Annual report of the Bengal Veterinary College and of the Civil Veterinary Department, Bengal, for the year 1911-1912 - 1911-1912
Year: 1911
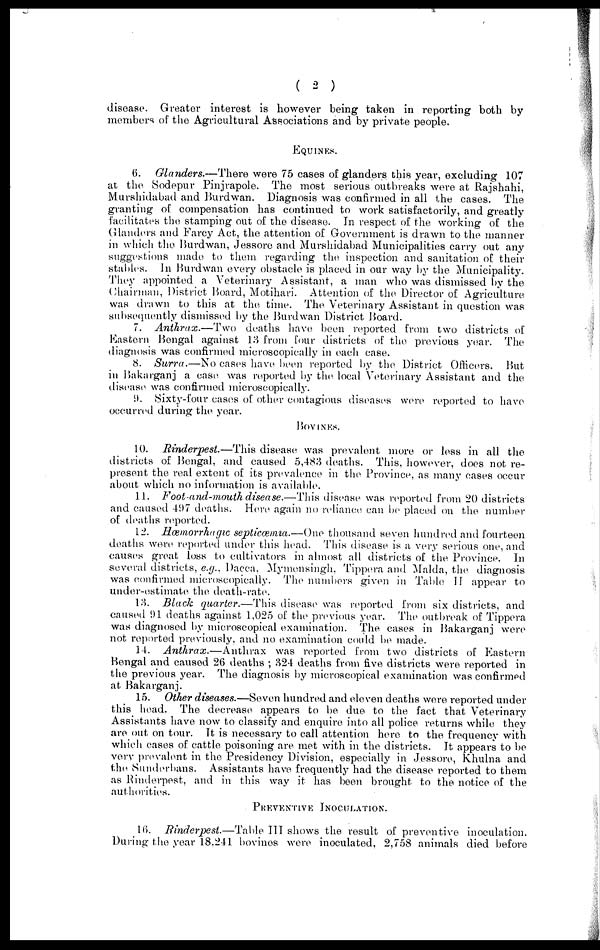
( 2 )
disease. Greater interest is however being taken in reporting both by
members of the Agricultural Associations and by private people.
EQUINES.
6. Glanders.—There were 75 cases of glanders this year, excluding 107
at the Sodepur Pinjrapole. The most serious outbreaks were at Rajshahi,
Murahidabad and Burdwan. Diagnosis was confirmed in all the cases. The
granting of compensation has continued to work satisfactorily, and greatly
facilitates the stamping out of the disease. In respect of the working of the
Glanders and Farcy Act, the attention of Government is drawn to the manner
in which the Burdwan, Jessore and Murahidabad Municipalities carry out any
suggestions made to them regarding the inspection and sanitation of their
stables. In Burdwan every obstacle is placed in our way by the Municipality.
They appointed a Veterinary Assistant, a man who was dismissed by the
Chairman, District Board, Motihari. Attention of the Director of Agriculture
was drawn to this at the time. The Veterinary Assistant in question was
subsequently dismissed by the Burdwan District Board.
7. Anthrax.—Two deaths have been reported from two districts of
Eastern Bengal against 13 from four districts of the previous year. The
diagnosis was confirmed microscopically in each case.
8. Surra.—No cases have been reported by the District Officers. But
in Bakarganj a case was reported by the. local Veterinary Assistant and the
disease was confirmed microscopically.
9. Sixty-four cases of other contagious diseases were reported to have
occurred during the year.
BOVINES.
10. Rinderpest.—This disease was prevalent more or less in all the
districts of Bengal, and caused 5,483 deaths. This, however, does not re-
present the real extent of its prevalence in the Province, as many cases occur
about which no information is available.
11. Foot-and-mouth disease.—This disease was reported from 20 districts
and caused 497 deaths. Here again no reliance can be placed on the number
of deaths reported.
12. Hæmorrhagic septicæmia.—One thousand seven hundred and fourteen
deaths were reported under this head. This disease is a very serious one, and
causes great loss to cultivators in almost all districts of the Province. In
several districts, e.g., Dacca, Mymensingh, Tippera and Malda, the diagnosis
was confirmed microscopically. The numbers given in Table IT appear to
under-estimate the death-rate.
13. Black quarter.—This disease was reported from six districts, and
caused 91 deaths against 1,025 of the previous year. The outbreak of Tippera
was diagnosed by microscopical examination. The cases in Bakarganj were
not reported previously, and no examination could be made.
14. Anthrax.—Anthrax
was reported from two districts of Eastern
Bengal and caused 26 deaths ; 324 deaths from five districts were reported in
the previous year. The diagnosis by microscopical examination was confirmed
at Bakarganj.
15. Other diseases.—Seven hundred and eleven deaths were reported under
this head. The decrease appears to be due to the fact that Veterinary
Assistants have now to classify and enquire into all police returns while they
are out on tour. It is necessary to call attention here to the frequency with
which cases of cattle poisoning are met with in the districts. It appears to be
very prevalent in the Presidency Division, especially in Jessore, Khulna and
the Sunderbans. Assistants have frequently had the disease reported to them
as Rinderpest, and in this way it has been brought to the notice of the
authorities.
PREVENTIVE INOCULATION.
16. Rinderpest.—Table III shows the result of preventive inoculation.
During the year 18,241 bovines were inoculated, 2,758 animals died before